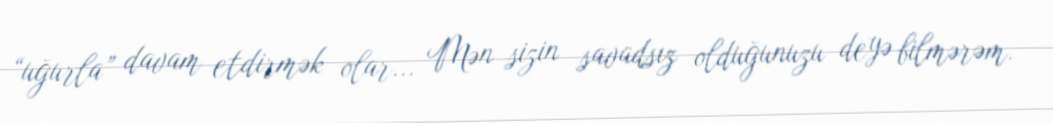
“uğurla” davam etdirmək olar... Mən sizin savadsız olduğunuzu deyə bilmərəm.